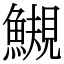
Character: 䲅